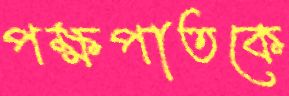
পক্ষপাতকে